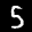
Label: 5